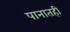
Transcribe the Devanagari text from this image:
पानातही